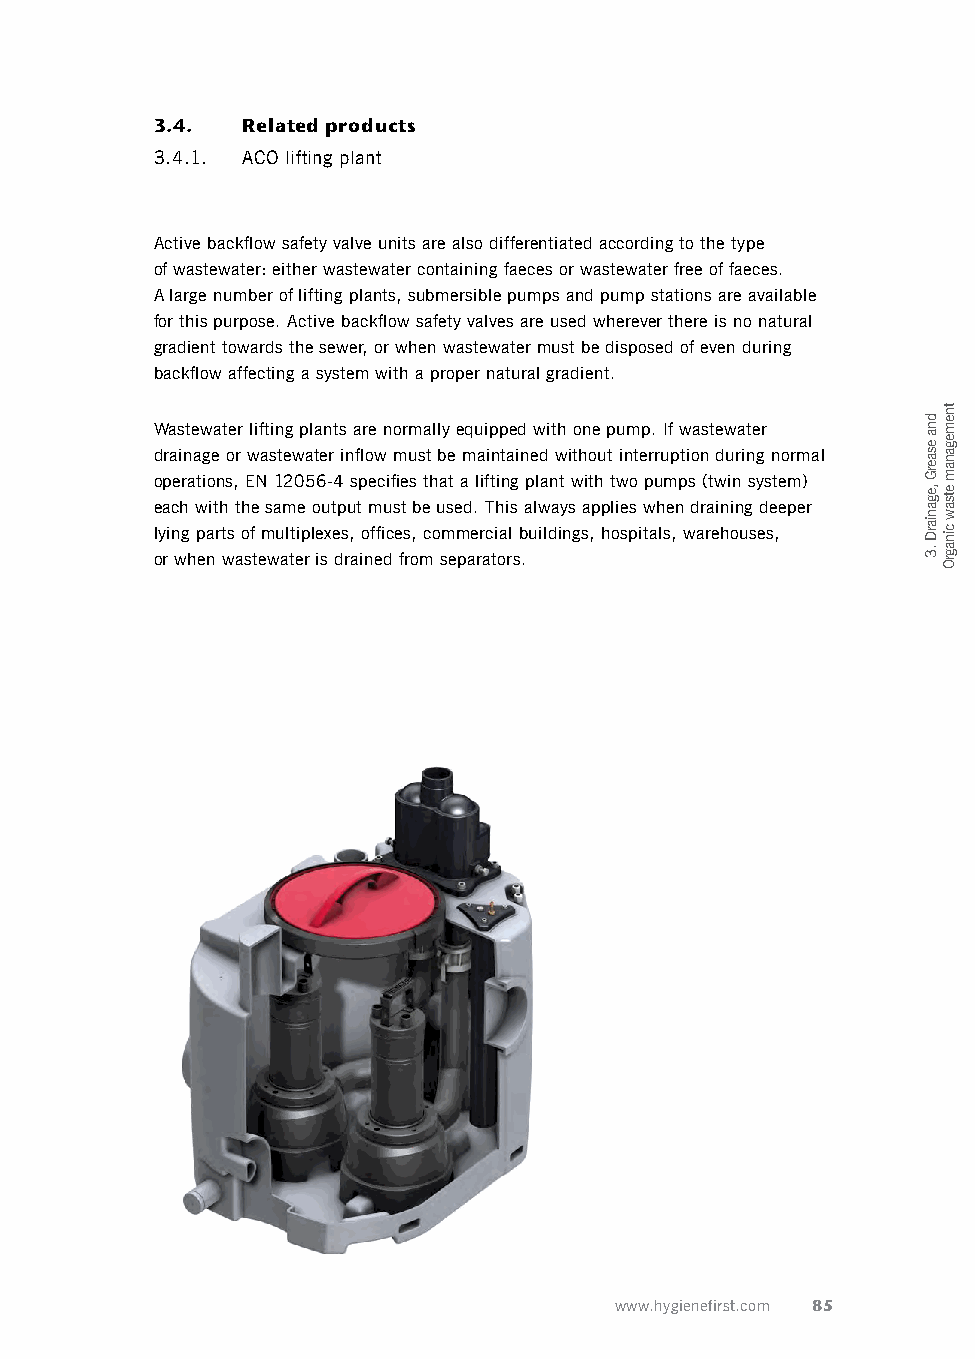
3.4.  Related products
 3.4.1. ACO lifting plant
 Active backflow safety valve units are also differentiated according to the type
 of wastewater: either wastewater containing faeces or wastewater free of faeces.
 A large number of lifting plants, submersible pumps and pump stations are available
 for this purpose. Active backflow safety valves are used wherever there is no natural
 gradient towards the sewer, or when wastewater must be disposed of even during
 backflow affecting a system with a proper natural gradient.
 Wastewater lifting plants are normally equipped with one pump. If wastewater
 drainage or wastewater inflow must be maintained without interruption during normal
 operations, EN 12056-4 specifies that a lifting plant with two pumps (twin system)
 each with the same output must be used. This always applies when draining deeper
 lying parts of multiplexes, offices, commercial buildings, hospitals, warehouses,
 or when wastewater is drained from separators.
 www.hygienefirst.com 85
 dna
 esaerG
 ,eganiarD
 .3
 tnemeganam
 etsaw
 cinagrO